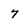
Character: 7